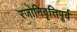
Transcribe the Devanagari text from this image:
रजोनिवृत्तिपूर्व